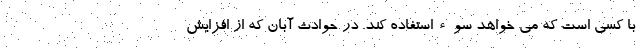
با کسی است که می خواهد سوءاستفاده کند. در حوادث آبان که از افزایش